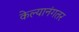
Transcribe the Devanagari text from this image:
केल्यानंगतर